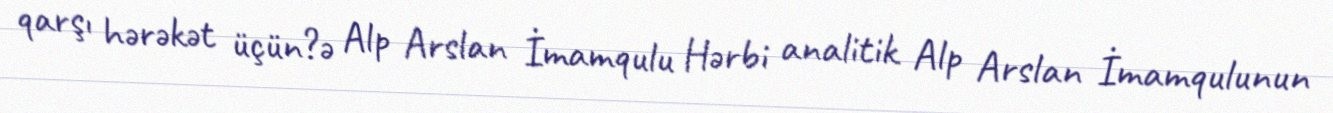
qarşı hərəkət üçün?ə Alp Arslan İmamqulu Hərbi analitik Alp Arslan İmamqulunun